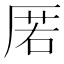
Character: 𭆋